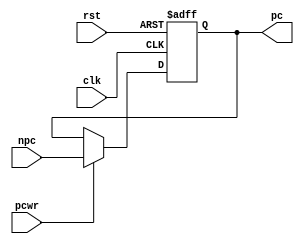
module pc(clk,pcwr,rst,npc,pc);
    input           clk,rst,pcwr;    // clock and reset
    input  [31:0]   npc         ;    // next pc
    output [31:0]   pc          ;    // output pc 
    
    reg    [31:0]   pc          ; 

    always@(posedge clk or posedge rst)
        if(rst)
          pc<=32'h0000_3000;
        else if(pcwr)
          pc<=npc;
endmodule